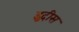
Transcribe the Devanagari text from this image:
इद्गीस